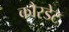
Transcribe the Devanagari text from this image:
कौरडेट